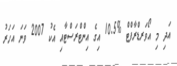
އަދި މި އޯވަރޑްރާފްޓް %10.5 އިގެ އިންޓްރަސްޓާއި އެކު 2007 ވަނަ އަހަރު